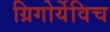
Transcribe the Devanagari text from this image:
ग्रिगोर्येविच